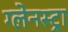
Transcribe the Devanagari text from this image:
ग्लेनस्ट्रा